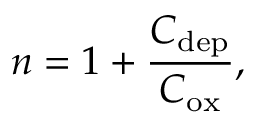
n = 1 + { \frac { C _ { \mathrm { d e p } } } { C _ { \mathrm { o x } } } } ,